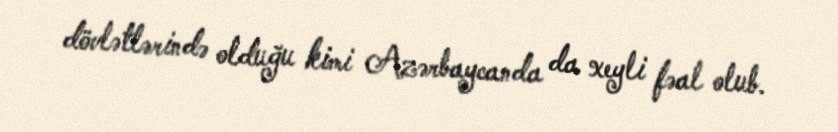
dövlətlərində olduğu kimi Azərbaycanda da xeyli fəal olub.